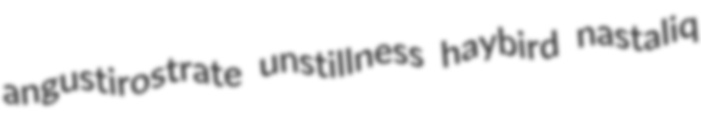
angustirostrate unstillness haybird nastaliq